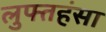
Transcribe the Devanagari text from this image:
लुफ्तहंसा